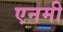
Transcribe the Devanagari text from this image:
एनमी